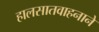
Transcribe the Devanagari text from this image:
हालसातवाहनाने